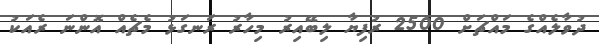
ދުވާލެއްގެ މައްޗަށް 2500 ރުފިޔާ ލިބޭއިރު މިހާރު ރަނގަޅު މެޗެއް އޮންނަ ރެއަކު